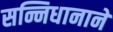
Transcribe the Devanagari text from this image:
सन्निधानाने